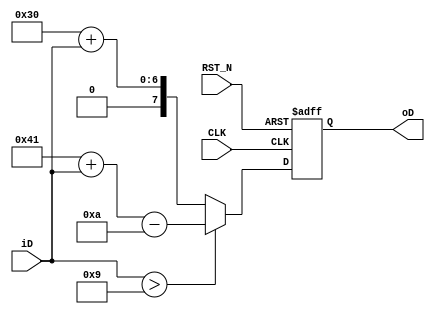
module CONV_ASCII_UNIT (
    input   wire                            CLK,
    input   wire                            RST_N,
    //
    input   wire    [DATA_WIDTH -1: 0]      iD,
    //
    output  reg     [DATA_WIDTH * 2 -1: 0]  oD
);
    //
    localparam      DATA_WIDTH              = 4;

    //
    always @(posedge CLK or negedge RST_N) begin
        if (!RST_N) begin
            oD <= "0";
        end else if (iD > 9) begin
            oD <= "A" + iD - 'hA;
        end else begin
            oD <= "0" + iD;
        end
    end

endmodule